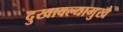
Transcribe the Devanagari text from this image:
दुखावल्यामुखे